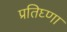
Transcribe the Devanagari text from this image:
प्रतिघ्णा